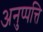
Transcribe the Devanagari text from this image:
अनुप्पत्ति